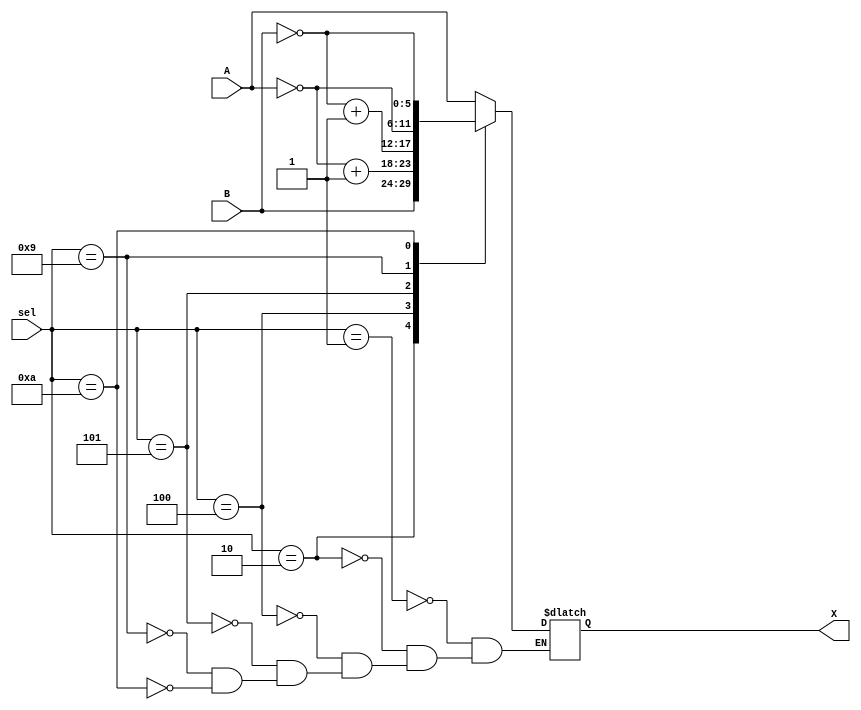
`timescale 1ns / 1ps

module reg_opperator(
    input [3:0] sel,
    input [5:0] A,
    input [5:0] B,
    output [5:0] X
    );

	reg [5:0] result;
	
	always @*
		case(sel)
			4'b0001 : result = A;//A
			4'b0010 : result = B;//B
			4'b0100 : result = ~A + 1;//-A
			4'b0101 : result = ~B + 1;//-B
			4'b1001 : result = ~A;//A not
			4'b1010 : result = ~B;//B not
		endcase
		
	assign X = result;

endmodule